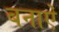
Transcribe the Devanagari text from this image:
बनाऐं